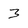
Character: 3